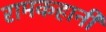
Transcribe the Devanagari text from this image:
रामकहानी